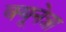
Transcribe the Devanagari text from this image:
क्यूनेत्रा